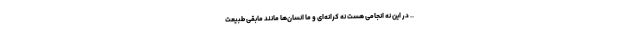
.. در این نه انجامی هست نه کرانه‌ای و ما انسان‌ها مانند مابقی طبیعت